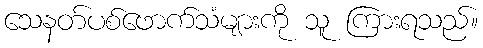
သေနတ်ပစ်ဖောက်သံများကို သူ ကြားရသည်။